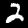
Label: 2